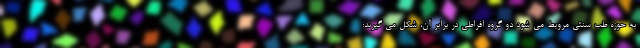
به حوزه طب سنتی مروبط می شود دو گروه افراطی در برابر آن، شکل می گیرند: